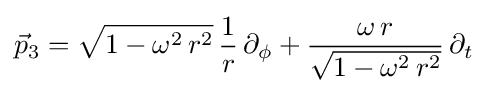
{\vec {p}}_{3}={\sqrt {1-\omega ^{2}\,r^{2}}}\,{\frac {1}{r}}\,\partial _{\phi }+{\frac {\omega \,r}{\sqrt {1-\omega ^{2}\,r^{2}}}}\,\partial _{t}